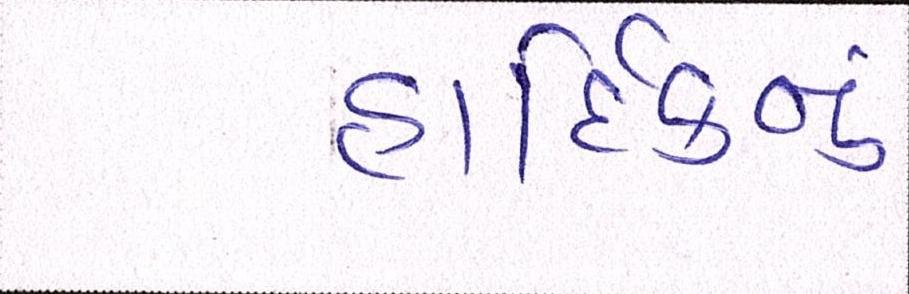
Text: હાર્દિકનું